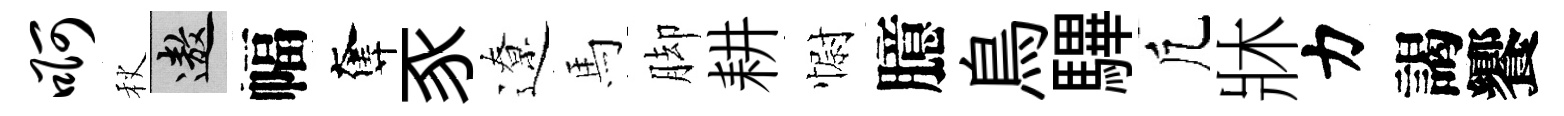
啊秋遨幅奪豕遼馬脚耕𢠢臆鳥驆凢牀力謁饗